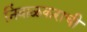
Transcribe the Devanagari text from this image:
निंबाळकराची